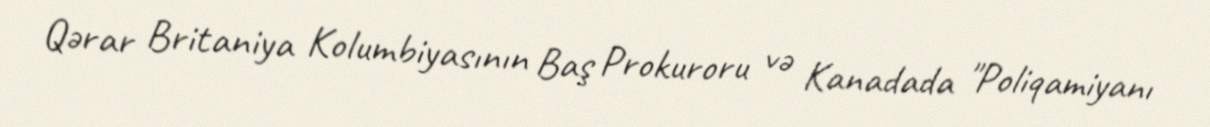
Qərar Britaniya Kolumbiyasının Baş Prokuroru və Kanadada "Poliqamiyanı